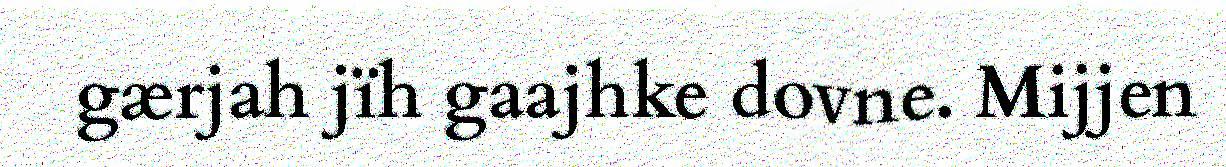
gærjah jïh gaajhke dovne. Mijjen